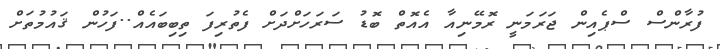
ފުރާންސް ސްޕެއިން ޖަރަމަނީ ރޮމޭނިއާ އެއޮތް ބޮޑު ސަރަހަށްދަށް ފެތުރިފަ ތިބިބައެއް..ފަހުން ޤައުމުތަށް